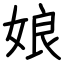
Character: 娘